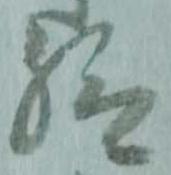
給